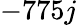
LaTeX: -775j